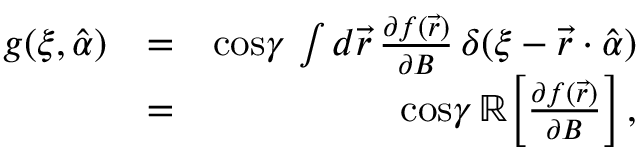
\begin{array} { r l r } { g ( \xi , \hat { \alpha } ) } & { = } & { \mathrm { c o s } \gamma \, \int d { \vec { r } } \, \frac { \partial f ( \vec { r } ) } { \partial B } \, \delta ( \xi - \vec { r } \cdot \hat { \alpha } ) } \\ & { = } & { \mathrm { c o s } \gamma \, \mathbb { R } \! \left[ \frac { \partial f ( \vec { r } ) } { \partial B } \right] , } \end{array}